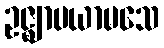
ဥဇ္ဈာပယာမသေ